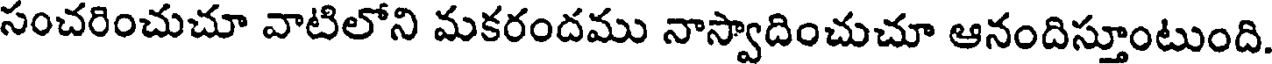
సంచరించుచూ వాటిలోని మకరందము నాస్వాదించుచూ ఆనందిస్తూంటుంది